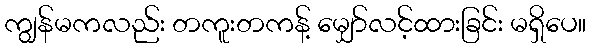
ကျွန်မကလည်း တကူးတကန့် မျှော်လင့်ထားခြင်း မရှိပေ။